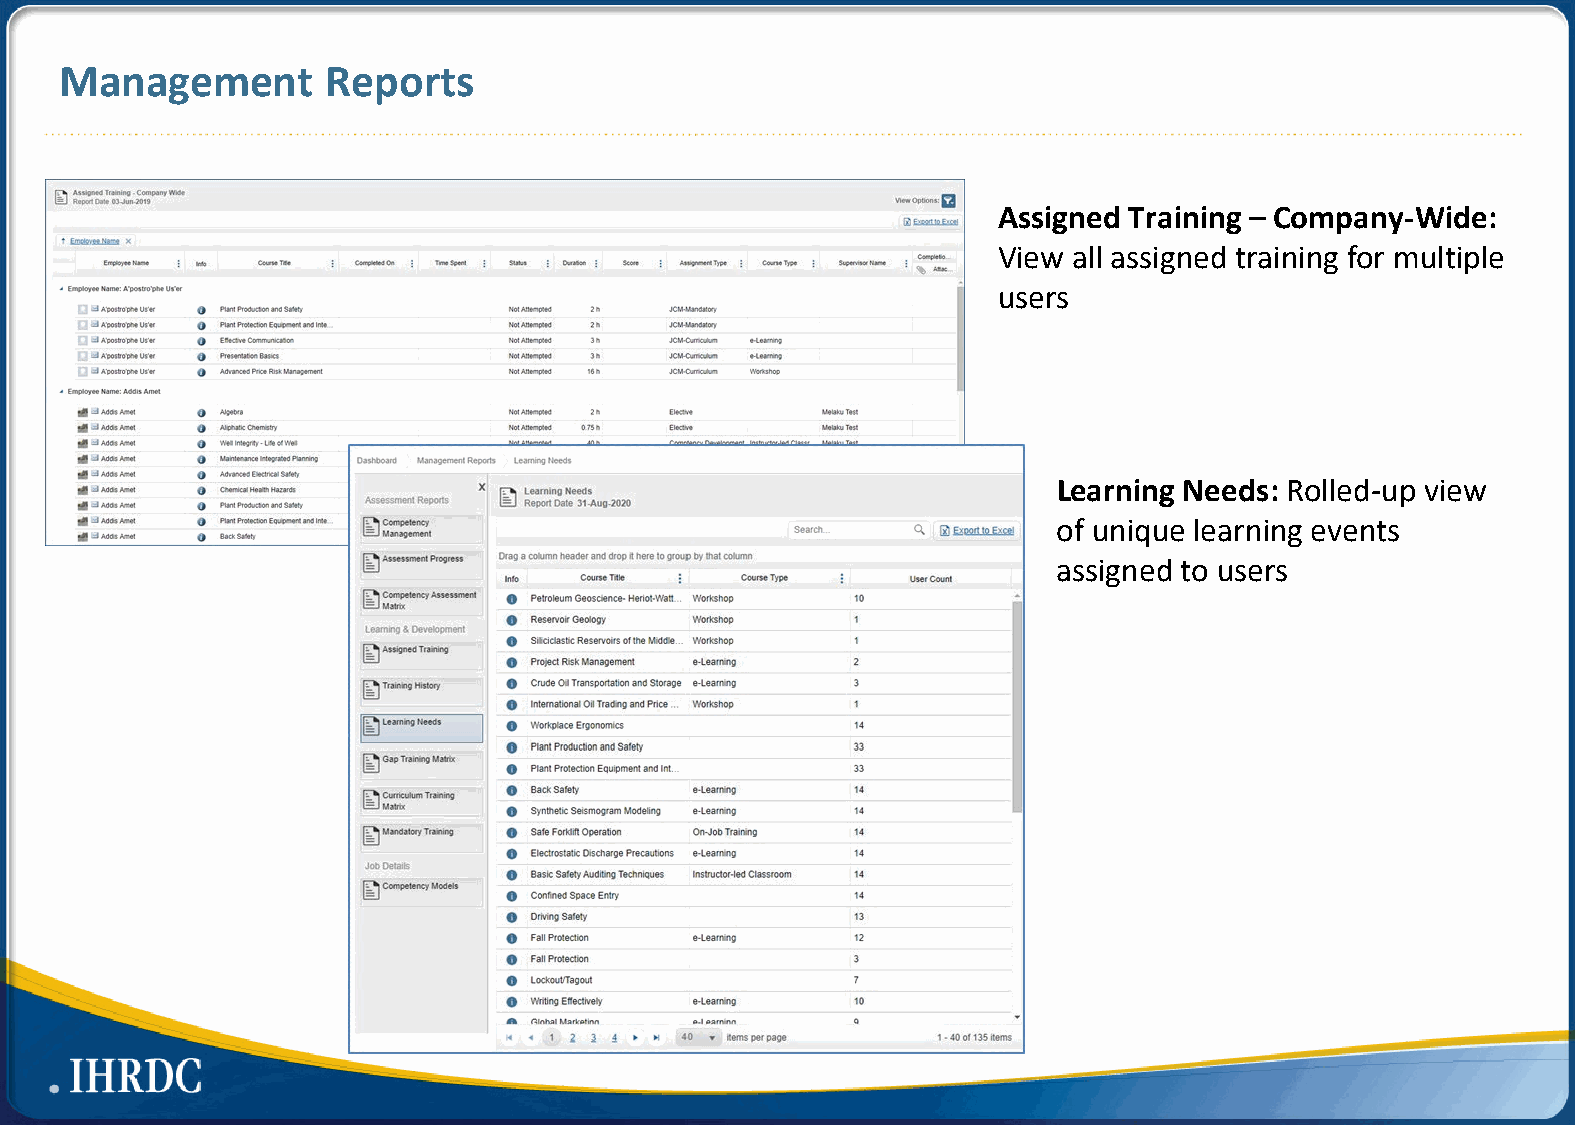
Management        Reports
 Assigned Training – Company-Wide:
 View all assigned training for multiple
 users
 Learning Needs: Rolled-up view
 of unique learning events
 assigned to users